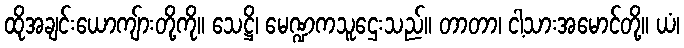
ထိုအချင်းယောကျ်ားတို့ကို။ သေဋ္ဌိ၊ မေဏ္ဍကသူဌေးသည်။ တာတာ၊ ငါ့သားအမောင်တို့။ ယံ၊